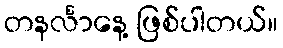
တနင်္လာနေ့ ဖြစ်ပါတယ်။